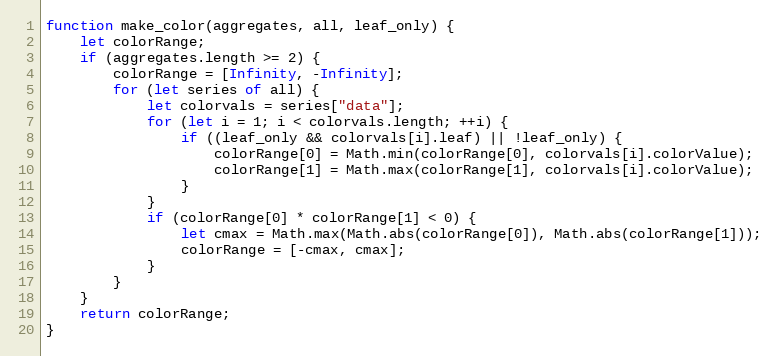
Language: JavaScript
function make_color(aggregates, all, leaf_only) {
    let colorRange;
    if (aggregates.length >= 2) {
        colorRange = [Infinity, -Infinity];
        for (let series of all) {
            let colorvals = series["data"];
            for (let i = 1; i < colorvals.length; ++i) {
                if ((leaf_only && colorvals[i].leaf) || !leaf_only) {
                    colorRange[0] = Math.min(colorRange[0], colorvals[i].colorValue);
                    colorRange[1] = Math.max(colorRange[1], colorvals[i].colorValue);
                }
            }
            if (colorRange[0] * colorRange[1] < 0) {
                let cmax = Math.max(Math.abs(colorRange[0]), Math.abs(colorRange[1]));
                colorRange = [-cmax, cmax];
            }
        }
    }
    return colorRange;
}